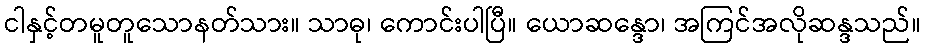
ငါနှင့်တမူတူသောနတ်သား။ သာဓု၊ ကောင်းပါပြီ။ ယောဆန္ဒော၊ အကြင်အလိုဆန္ဒသည်။